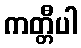
ကတ္တီပါ